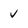
Character: v